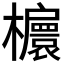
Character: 𣟴